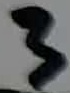
Text: 3